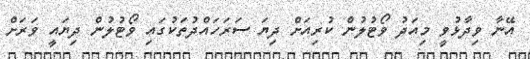
އޭނާ ވިދާޅުވީ މިއަދު ވޯޓުލުން ކުރިއަށް ދިޔަ ސަރަހައްދުތަކުގައި ވޯޓުލުން ދިޔައީ ވަރަށް